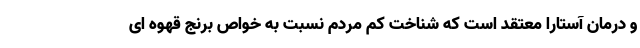
و درمان آستارا معتقد است که شناخت کم مردم نسبت به خواص برنج قهوه ای